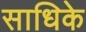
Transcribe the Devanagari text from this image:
साधिके